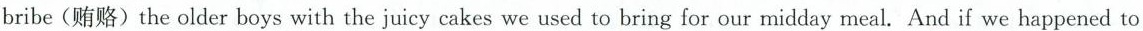
bribe(贿赂) the older boys with the juicy cakes we used to bring for our midday meal. And if we happened to